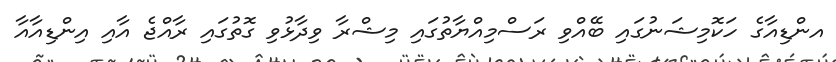
އންޑިއާގެ ހަކޮމިޝަނުގައި ބޭއްވި ރަސްމިއްޔާތުގައި މިޝްރާ ވިދާޅުވި ގޮތުގައި ރާއްޖެ އާއި އިންޑިއާއާ